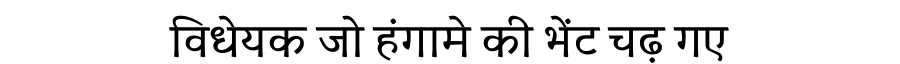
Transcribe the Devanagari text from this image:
विधेयक जो हंगामे की भेंट चढ़ गए